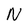
Character: N